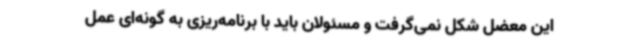
این معضل شکل نمی‌گرفت و مسئولان باید با برنامه‌ریزی به گونه‌ای عمل